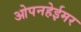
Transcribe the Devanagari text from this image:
ओपनहेईमर